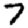
Digit: 7